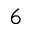
^ 6